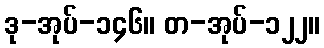
ဒု-အုပ်-၁၄၆။ တ-အုပ်-၁၂၂။